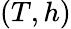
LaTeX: (T,h)